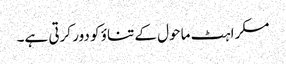
مسکراہٹ ماحول کے تناؤ کو دور کرتی ہے۔